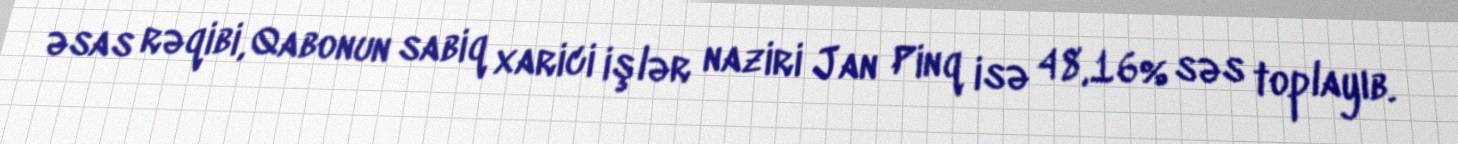
əsas rəqibi, Qabonun sabiq xarici işlər naziri Jan Pinq isə 48,16% səs toplayıb.